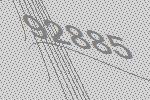
92885